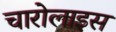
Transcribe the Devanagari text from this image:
चारोलाइस